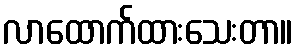
လာထောက်ထားသေးတာ။